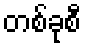
တစ်ခုစီ